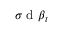
\sigma \mathrm { ~ d ~ } \boldsymbol { \beta } _ { t }